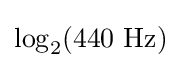
\log _{2}({\text{440 Hz}})